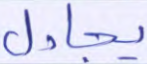
يجادل